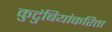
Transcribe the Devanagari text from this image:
कुटुंबियांकरिता